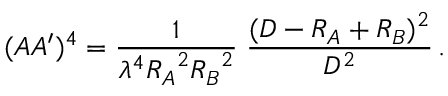
( A A ^ { \prime } ) ^ { 4 } = { \frac { 1 } { \lambda ^ { 4 } { R _ { A } } ^ { 2 } { R _ { B } } ^ { 2 } } } \; { \frac { ( D - R _ { A } + R _ { B } ) ^ { 2 } } { D ^ { 2 } } } \, .